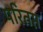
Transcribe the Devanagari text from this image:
परितप्त